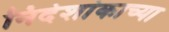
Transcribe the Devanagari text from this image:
निर्देशांकाच्या